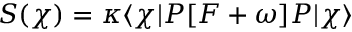
S ( \chi ) = \kappa \langle \chi | P [ F + \omega ] P | \chi \rangle